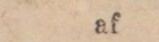
af